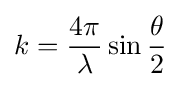
k={\frac {4\pi }{\lambda }}\sin {\frac {\theta }{2}}